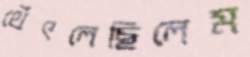
থেঁৎলেছিলেম